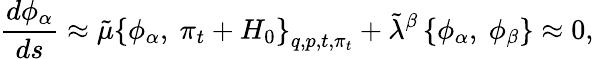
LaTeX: {\frac{d{\phi_{\alpha}}}{ds}}\approx\tilde{\mu}\left\{ \phi_{\alpha},\ \pi_{t}+H_{0}\right\} _{q,p,t,\pi_{t}}+{\tilde{\lambda}}^{\beta}\left\{ \phi_{\alpha},\ \phi_{\beta}\right\} \approx 0,